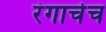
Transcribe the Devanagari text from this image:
रंगाचेच